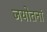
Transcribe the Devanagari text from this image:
जयोतनां